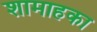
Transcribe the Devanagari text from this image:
शामाहका